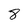
Character: 8